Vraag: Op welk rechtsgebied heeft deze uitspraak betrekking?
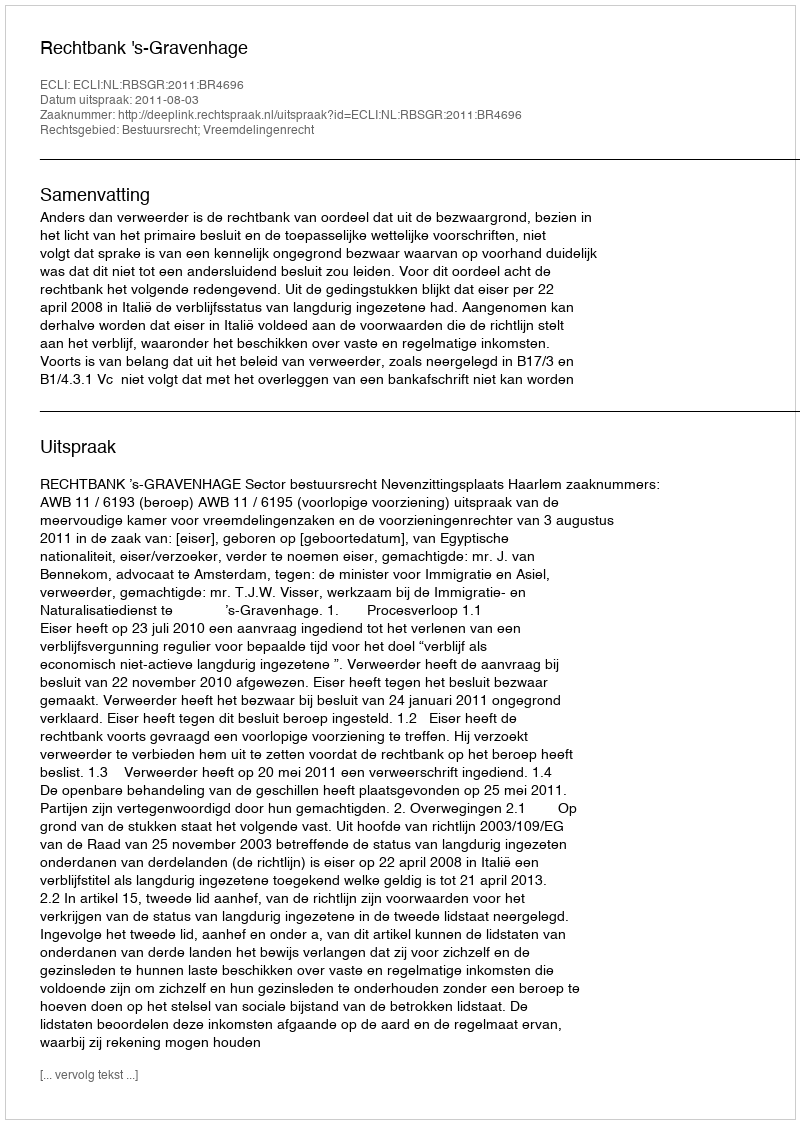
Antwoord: Bestuursrecht; Vreemdelingenrecht